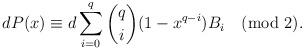
LaTeX: \begin{align*}dP(x)\equiv d\sum\limits_{i=0}^q\binom {q} {i}(1-x^{q-i})B_{i}\pmod{2}.\end{align*}